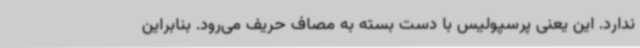
ندارد. این یعنی پرسپولیس با دست بسته به مصاف حریف می‌رود. بنابراین